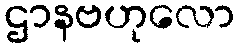
ဌာနဗဟုလော